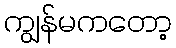
ကျွန်မကတော့